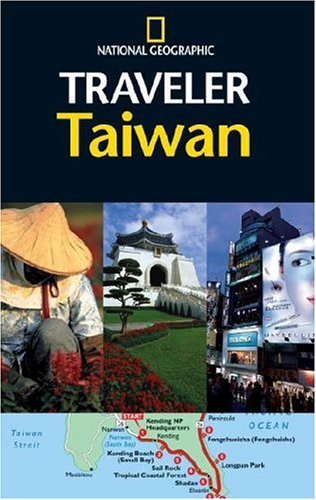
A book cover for National Geographic Traveler: Taiwan; Phil Macdonald; Travel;